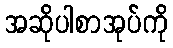
အဆိုပါစာအုပ်ကို